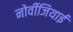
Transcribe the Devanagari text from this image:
नोर्वीजियाई